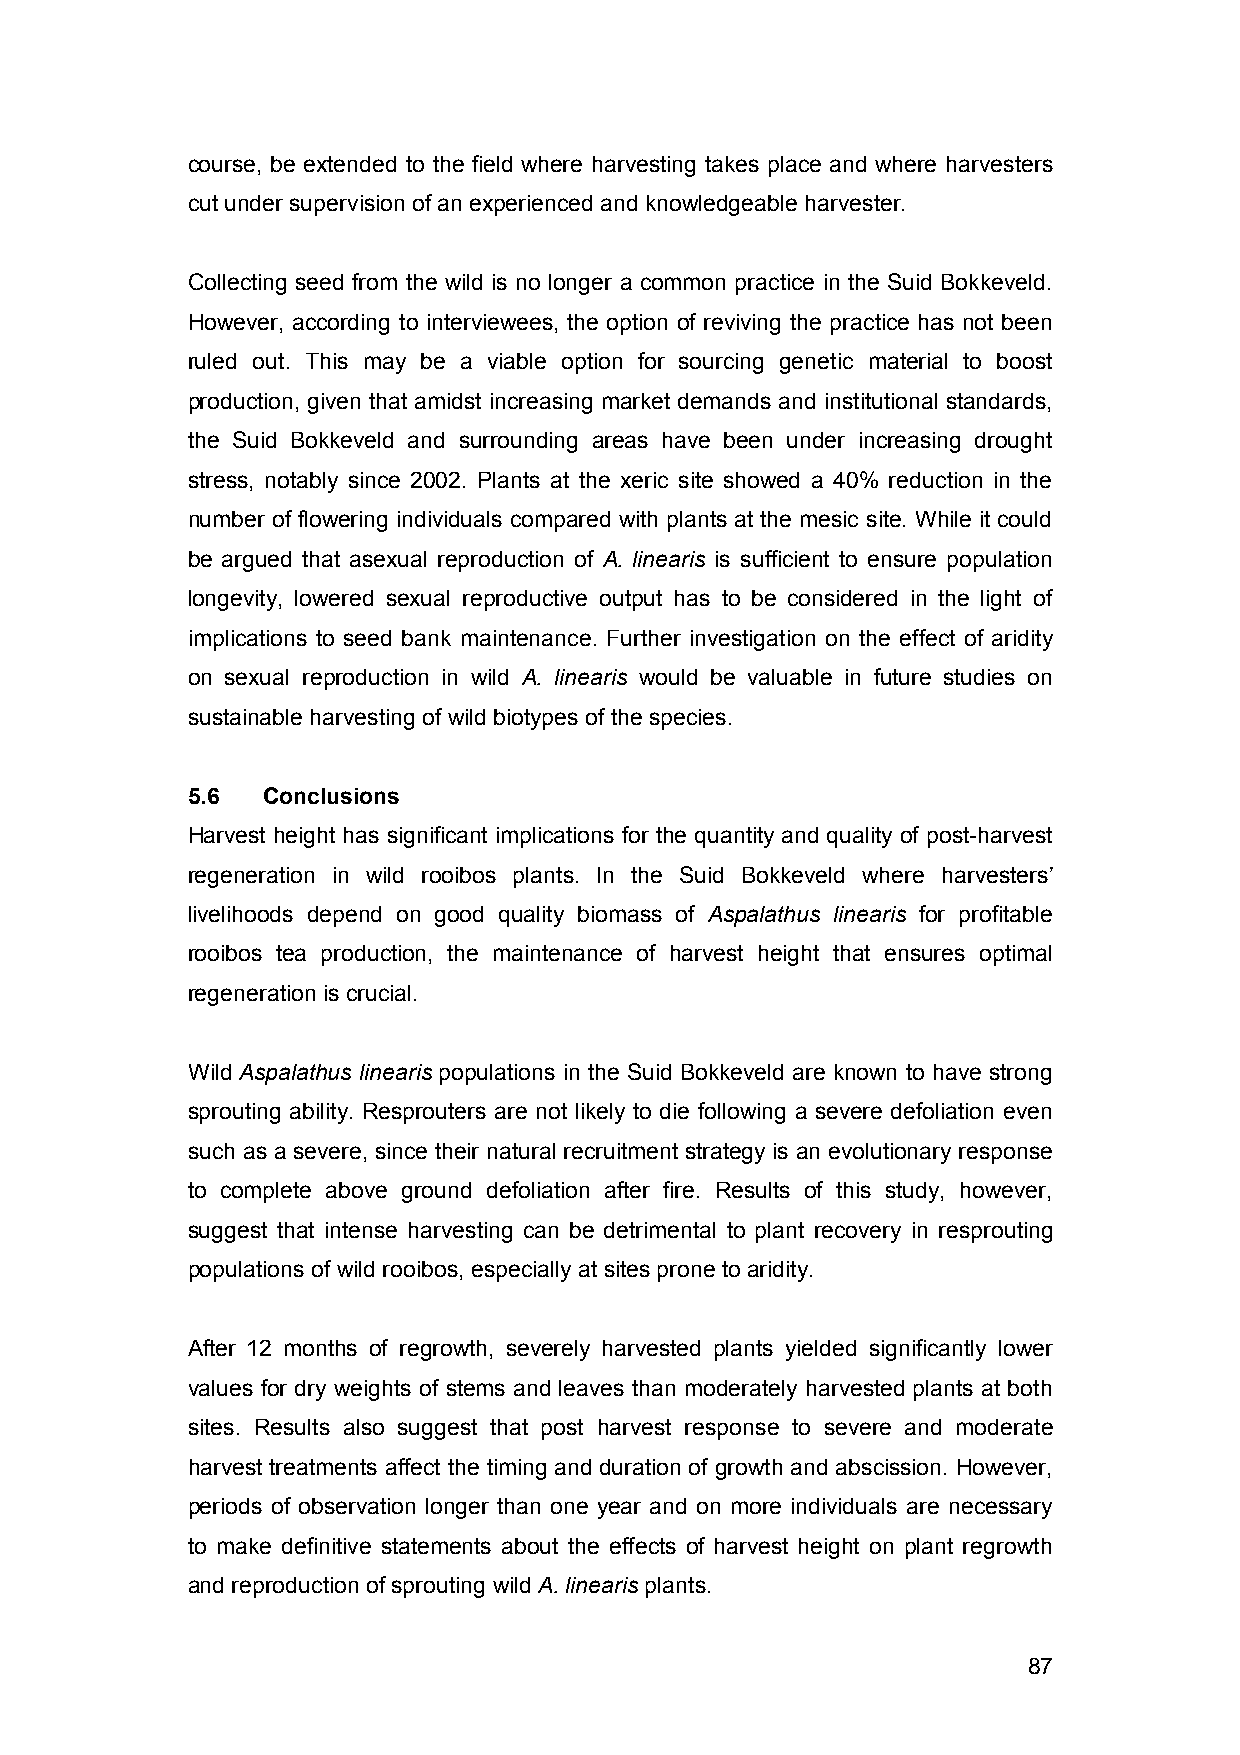
course, be extended to the field where harvesting takes place and where harvesters
 cut under supervision of an experienced and knowledgeable harvester.
 Collecting seed from the wild is no longer a common practice in the Suid Bokkeveld.
 However, according to interviewees, the option of reviving the practice has not been
 ruled out. This may be a viable option for sourcing genetic material to boost
 production, given that amidst increasing market demands and institutional standards,
 the Suid Bokkeveld and surrounding areas have been under increasing drought
 stress, notably since 2002. Plants at the xeric site showed a 40% reduction in the
 number of flowering individuals compared with plants at the mesic site. While it could
 be argued that asexual reproduction of A. linearis is sufficient to ensure population
 longevity, lowered sexual reproductive output has to be considered in the light of
 implications to seed bank maintenance. Further investigation on the effect of aridity
 on sexual reproduction in wild A. linearis would be valuable in future studies on
 sustainable harvesting of wild biotypes of the species.
 5.6  Conclusions
 Harvest height has significant implications for the quantity and quality of post-harvest
 regeneration in wild rooibos plants. In the Suid Bokkeveld where harvesters’
 livelihoods depend on good quality biomass of Aspalathus linearis for profitable
 rooibos tea production, the maintenance of harvest height that ensures optimal
 regeneration is crucial.
 Wild Aspalathus linearis populations in the Suid Bokkeveld are known to have strong
 sprouting ability. Resprouters are not likely to die following a severe defoliation even
 such as a severe, since their natural recruitment strategy is an evolutionary response
 to complete above ground defoliation after fire. Results of this study, however,
 suggest that intense harvesting can be detrimental to plant recovery in resprouting
 populations of wild rooibos, especially at sites prone to aridity.
 After 12 months of regrowth, severely harvested plants yielded significantly lower
 values for dry weights of stems and leaves than moderately harvested plants at both
 sites. Results also suggest that post harvest response to severe and moderate
 harvest treatments affect the timing and duration of growth and abscission. However,
 periods of observation longer than one year and on more individuals are necessary
 to make definitive statements about the effects of harvest height on plant regrowth
 and reproduction of sprouting wild A. linearis plants.
 87